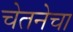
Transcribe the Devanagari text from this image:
चेतनेचा